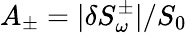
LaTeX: A_{\pm}=|\delta S_{\omega}^{\pm}|/S_{0}